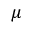
\mu